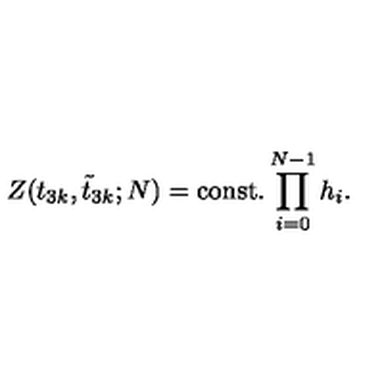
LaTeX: Z ( t _ { 3 k } , \tilde { t } _ { 3 k } ; N ) = \mathrm { c o n s t . } \prod _ { i = 0 } ^ { N - 1 } h _ { i } .